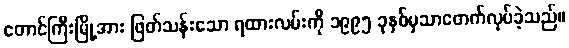
တောင်ကြီးမြို့အား ဖြတ်သန်းသော ရထားလမ်းကို ၁၉၉၅ ခုနှစ်မှသာဖောက်လုပ်ခဲ့သည်။